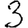
Digit: 3